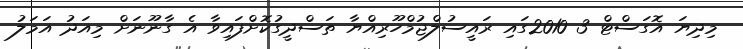
މިދިޔަ އޮގަސްޓް 3 2010ގައި ރައީސުލްޖުމްހޫރިއްޔާ ތަސްދީގުކޮށްފައިވާ އެ ގާނޫނަށް މިއަދު އަމަލު